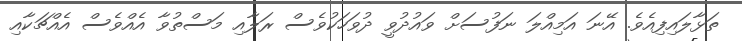
ތަޅާލައިފިއެވެ. އޭނަ އަމިއްލަ ނަފުސަށް ވައުދުވީ ދުވަހަކުވެސް ރަލާއި މަސްތުވާ އެއްވެސް އެއްޗަކާއި